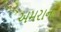
અમરાન